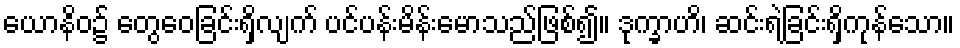
ယောနိဝ၌ တွေဝေခြင်းရှိလျက် ပင်ပန်းမိန်းမောသည်ဖြစ်၍။ ဒုက္ခာဟိ၊ ဆင်းရဲခြင်းရှိကုန်သော။